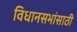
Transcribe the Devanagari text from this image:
विधानसभांसाठी